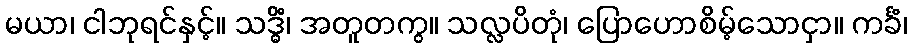
မယာ၊ ငါဘုရင်နှင့်။ သဒ္ဓိံ၊ အတူတကွ။ သလ္လပိတုံ၊ ပြောဟောစိမ့်သောငှာ။ ကင်္ခံ၊